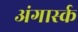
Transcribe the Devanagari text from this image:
अंगार्स्क